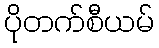
ပိုတက်စီယမ်